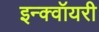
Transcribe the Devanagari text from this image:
इन्क्वॉयरी